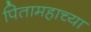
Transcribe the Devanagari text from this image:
पितामहाच्या